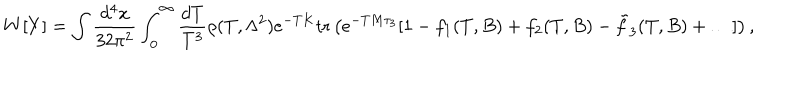
LaTeX: W [ Y ] = \int \frac { d ^ { 4 } x } { 3 2 \pi ^ { 2 } } \int _ { 0 } ^ { \infty } \frac { d T } { T ^ { 3 } } \rho ( T , \Lambda ^ { 2 } ) e ^ { - T K } \mathrm { t r } \left( e ^ { - T M \tau _ { 3 } } [ 1 - f _ { 1 } ( T , B ) + f _ { 2 } ( T , B ) - \tilde { f } _ { 3 } ( T , B ) + \ldots ] \right) ,